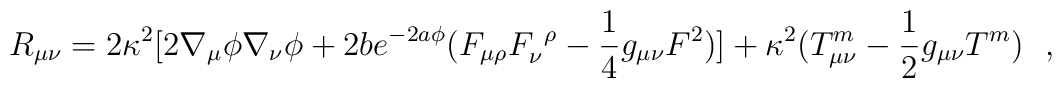
R_{\mu \nu} = 2\kappa^2\lbrack 2\nabla_{\mu}\phi\nabla_{\nu}\phi +2be^{-2a\phi}(F_{\mu \rho} F_{\nu}^{~\rho} - \frac{1}{4}g_{\mu \nu}F^2)\rbrack+\kappa^2(T_{\mu\nu}^{m}-\frac{1}{2}g_{\mu\nu}T^{m})~~,